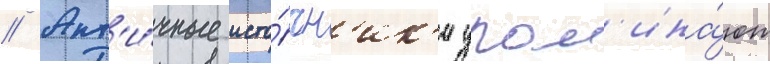
// Ант'и́чные исто́чн'ик'и упом'ина́ют